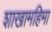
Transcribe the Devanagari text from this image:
शाखामहिमा